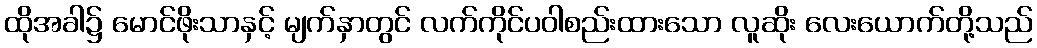
ထိုအခါ၌ မောင်ဖိုးသာနှင့် မျက်နှာတွင် လက်ကိုင်ပဝါစည်းထားသော လူဆိုး လေးယောက်တို့သည်